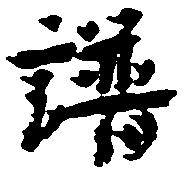
譜